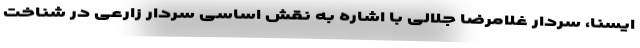
ایسنا، سردار غلامرضا جلالی با اشاره به نقش اساسی سردار زارعی در شناخت